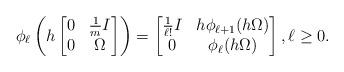
LaTeX: \begin{align*} \phi_\ell\left( h \begin{bmatrix} 0 & \frac{1}{m} I \\ 0 & \Omega \end{bmatrix} \right)= \begin{bmatrix} \tfrac{1}{\ell!}I & h \phi_{\ell + 1} ( h \Omega ) \\ 0 & \phi_\ell(h\Omega) \end{bmatrix},\ell\ge 0.\end{align*}